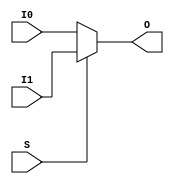
module MUXF5(output O, input I0, I1, S);
  assign O = S ? I1 : I0;
endmodule